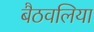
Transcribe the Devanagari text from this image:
बैठवलिया